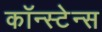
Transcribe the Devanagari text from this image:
कॉन्स्टेन्स